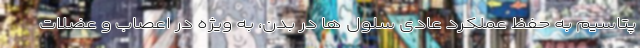
پتاسیم به حفظ عملکرد عادی سلول ها در بدن، به ویژه در اعصاب و عضلات